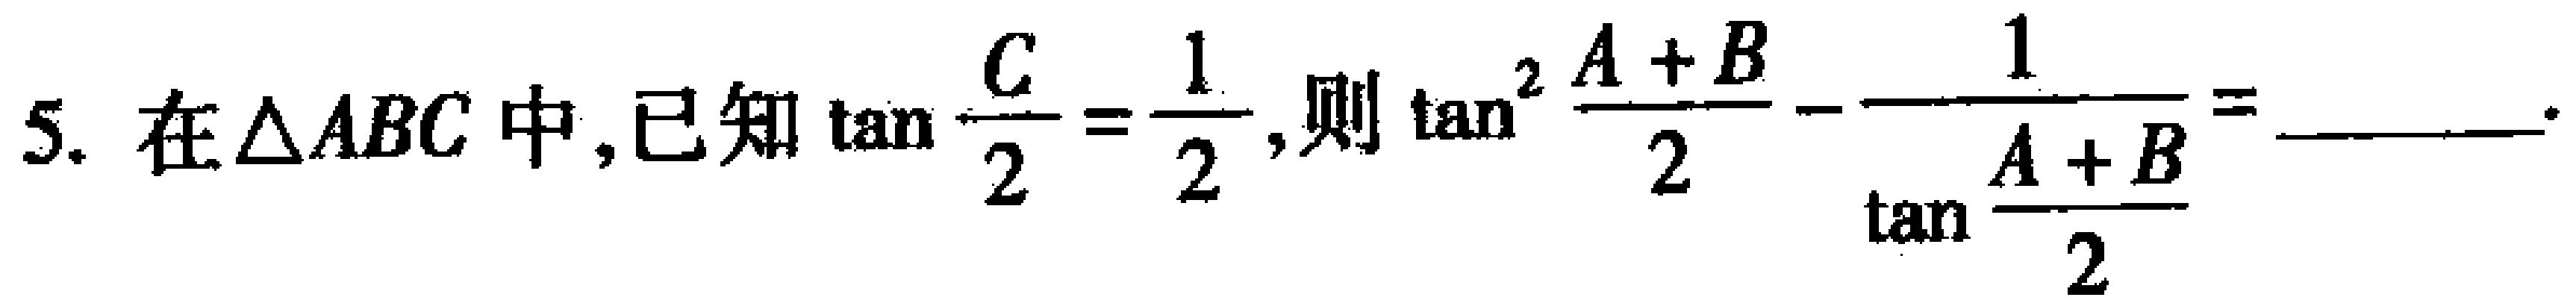
在\(\triangle ABC\)中，已知\(\tan\frac{C}{2}=\frac{1}{2}\)，则\(\tan^{2}\frac{A + B}{2}-\frac{1}{\tan\frac{A + B}{2}}=\)________ 。